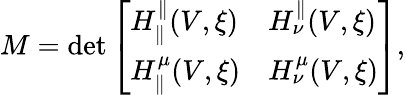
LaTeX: M=\operatorname*{det}\left[\begin{array}{ll}{H_{\parallel}^{\parallel}(V,\xi)}&{H_{\nu}^{\parallel}(V,\xi)}\\ {H_{\parallel}^{\mu}(V,\xi)}&{H_{\nu}^{\mu}(V,\xi)}\end{array}\right],